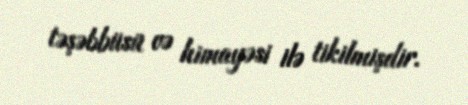
təşəbbüsü və himayəsi ilə tikilmişdir.